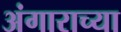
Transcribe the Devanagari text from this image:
अंगाराच्या